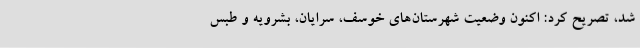
شد، تصریح کرد: اکنون وضعیت شهرستان‌های خوسف، سرایان، بشرویه و طبس